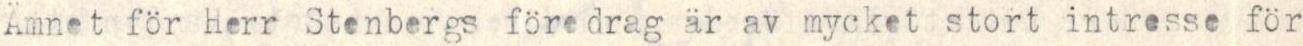
Ämnet för Herr Stenbergs föredrag är av mycket stort intresse för